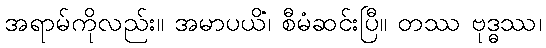
အရာမ်ကိုလည်း။ အမာပယိံ၊ စီမံဆင်းပြီ။ တဿ ဗုဒ္ဓဿ၊